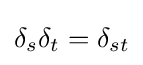
\delta _{s}\delta _{t}=\delta _{st}